Document type: Dowry acquittance
Year: 1240
Scribe: Pere de Bages
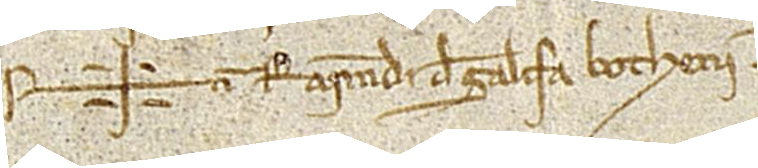
Sig+num Raimundi de Galifa, botherii.